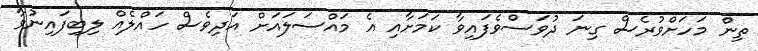
ތިން މަހަށްވުރެސް ގިނަ ދުވަސްވެފައިވާ ކަމަށާއި އެ މައްސަލައަށް އަދިވެސް ހައްލެއް ލިބިފައިނުވާ